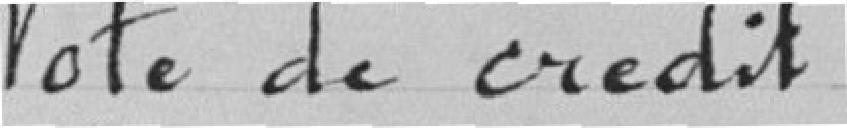
Vote de crédit.